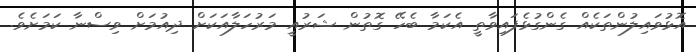
އޮޅުވައިލުންތަކެއް ގެންގުޅެފައިވާތީ އެކަމާ ބެހޭ ގޮތުން ޝަރުއީ މަރުހަލާއަކަށް ދިއުމަށް ވިސްނާ ކަމަށެވެ.